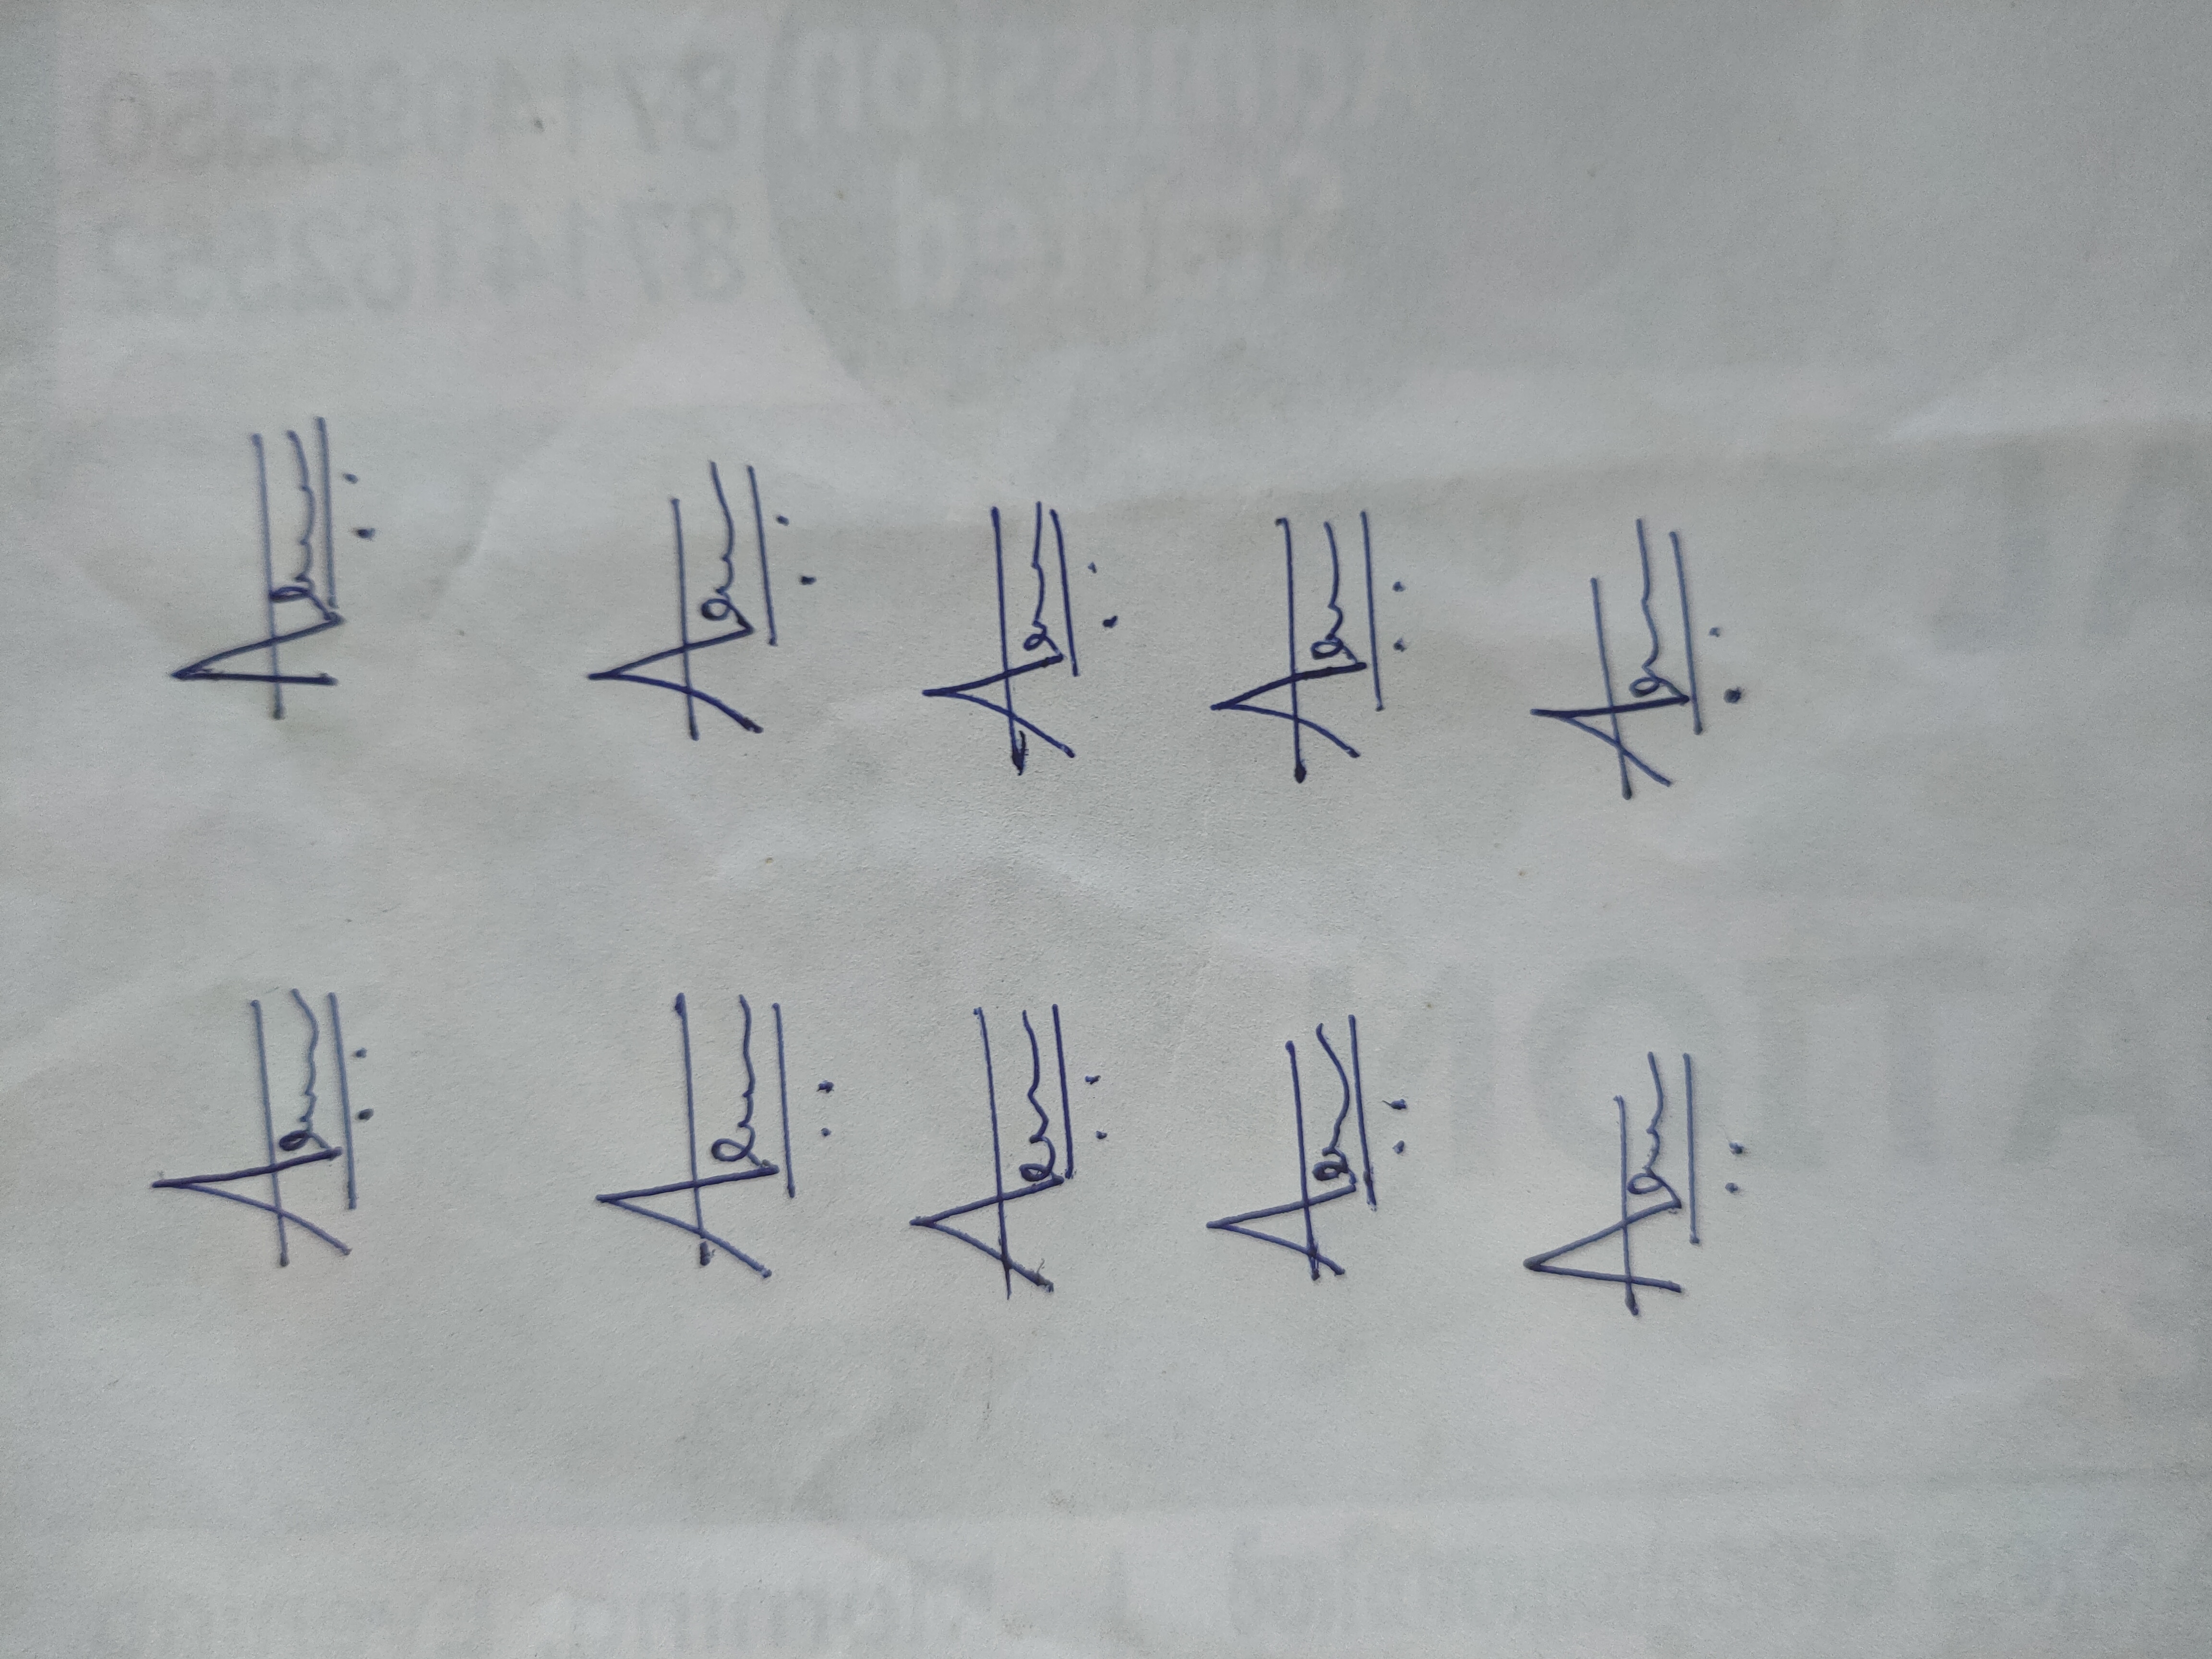
Signature authenticity: genuine